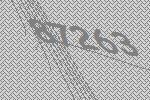
87263